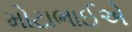
મોટાભાઈએ